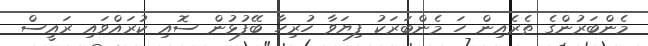
މެންބަރުންގެ ތެެރެއިން ހަ މެންބަރަކު ފިޔަވާ ހުރިހާ ބޭފުޅުން ސޮއި ކުރައްވައި ރައީސް